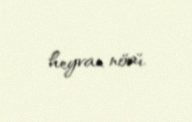
heyvan növü.